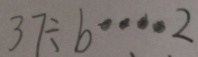
3 7 \div b \cdots 2